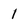
Character: 1